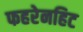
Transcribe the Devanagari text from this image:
फहरेनहिट